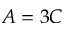
A = 3 C